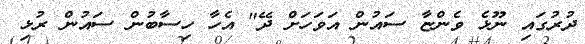
ދުރުގައި ނޫޅެ ވެންޏާ ސައުން އަވަހަށް ދޭ" އެހާ ހިސާބުން ސައުން ރުޅި